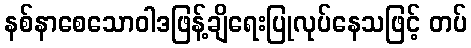
နစ်နာစေသောဝါဒဖြန့်ချိရေးပြုလုပ်နေသဖြင့် တပ်